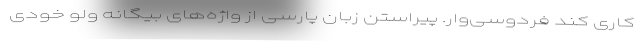
کاری کند فردوسی‌وار. پیراستن زبان پارسی از واژه‌های بیگانه ولو خودی